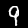
Label: 9